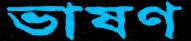
ভাষণ